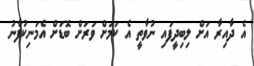
އެ ދާއިރާ އަށް ލިބިދީފައި ނުވާތީ އެ ކަމަށް ވަރަށް ބޮޑަށް އެމަނިކުފާނު